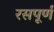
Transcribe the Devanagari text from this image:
रसपूर्णं